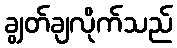
ချွတ်ချလိုက်သည်